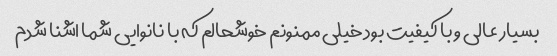
بسیار عالی و با کیفیت بود خیلی ممنونم خوشحالم که با نانوایی شما اشنا شدم